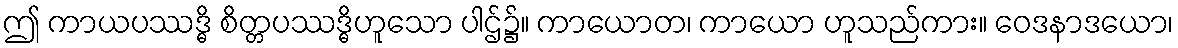
ဤ ကာယပဿဒ္ဓိ စိတ္တပဿဒ္ဓိဟူသော ပါဌ်၌။ ကာယောတ၊ ကာယော ဟူသည်ကား။ ဝေဒနာဒယော၊